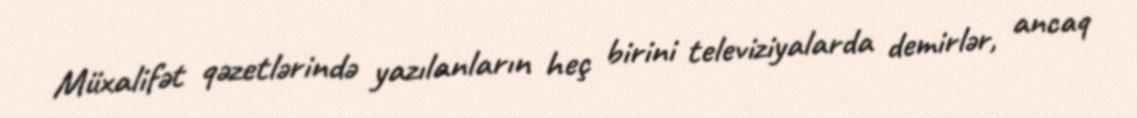
Müxalifət qəzetlərində yazılanların heç birini televiziyalarda demirlər, ancaq